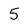
Character: 5